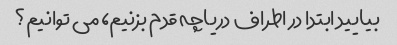
بیایید ابتدا در اطراف دریاچه قدم بزنیم، می توانیم؟